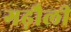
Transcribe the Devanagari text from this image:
गढ़ौली